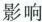
影响